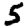
Digit: 5